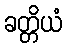
ခတ္တိယံ